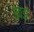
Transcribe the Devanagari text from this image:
एवडा